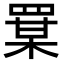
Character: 𦋡